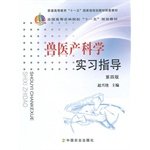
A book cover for Veterinary obstetrics practice guidance fourth edition(Chinese Edition); ZHAO XING XU ZHU BIAN; Medical Books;